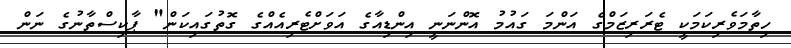
ހިތާމަވެރިކަމަކީ ޓެރަރިޒަމްގެ އަންމަ ގައުމު އޮންނަނީ އިންޑިއާގެ އަވަށްޓެރިއެއްގެ ގޮތުގައިކަން" ޕާކިސްތާނުގެ ނަން